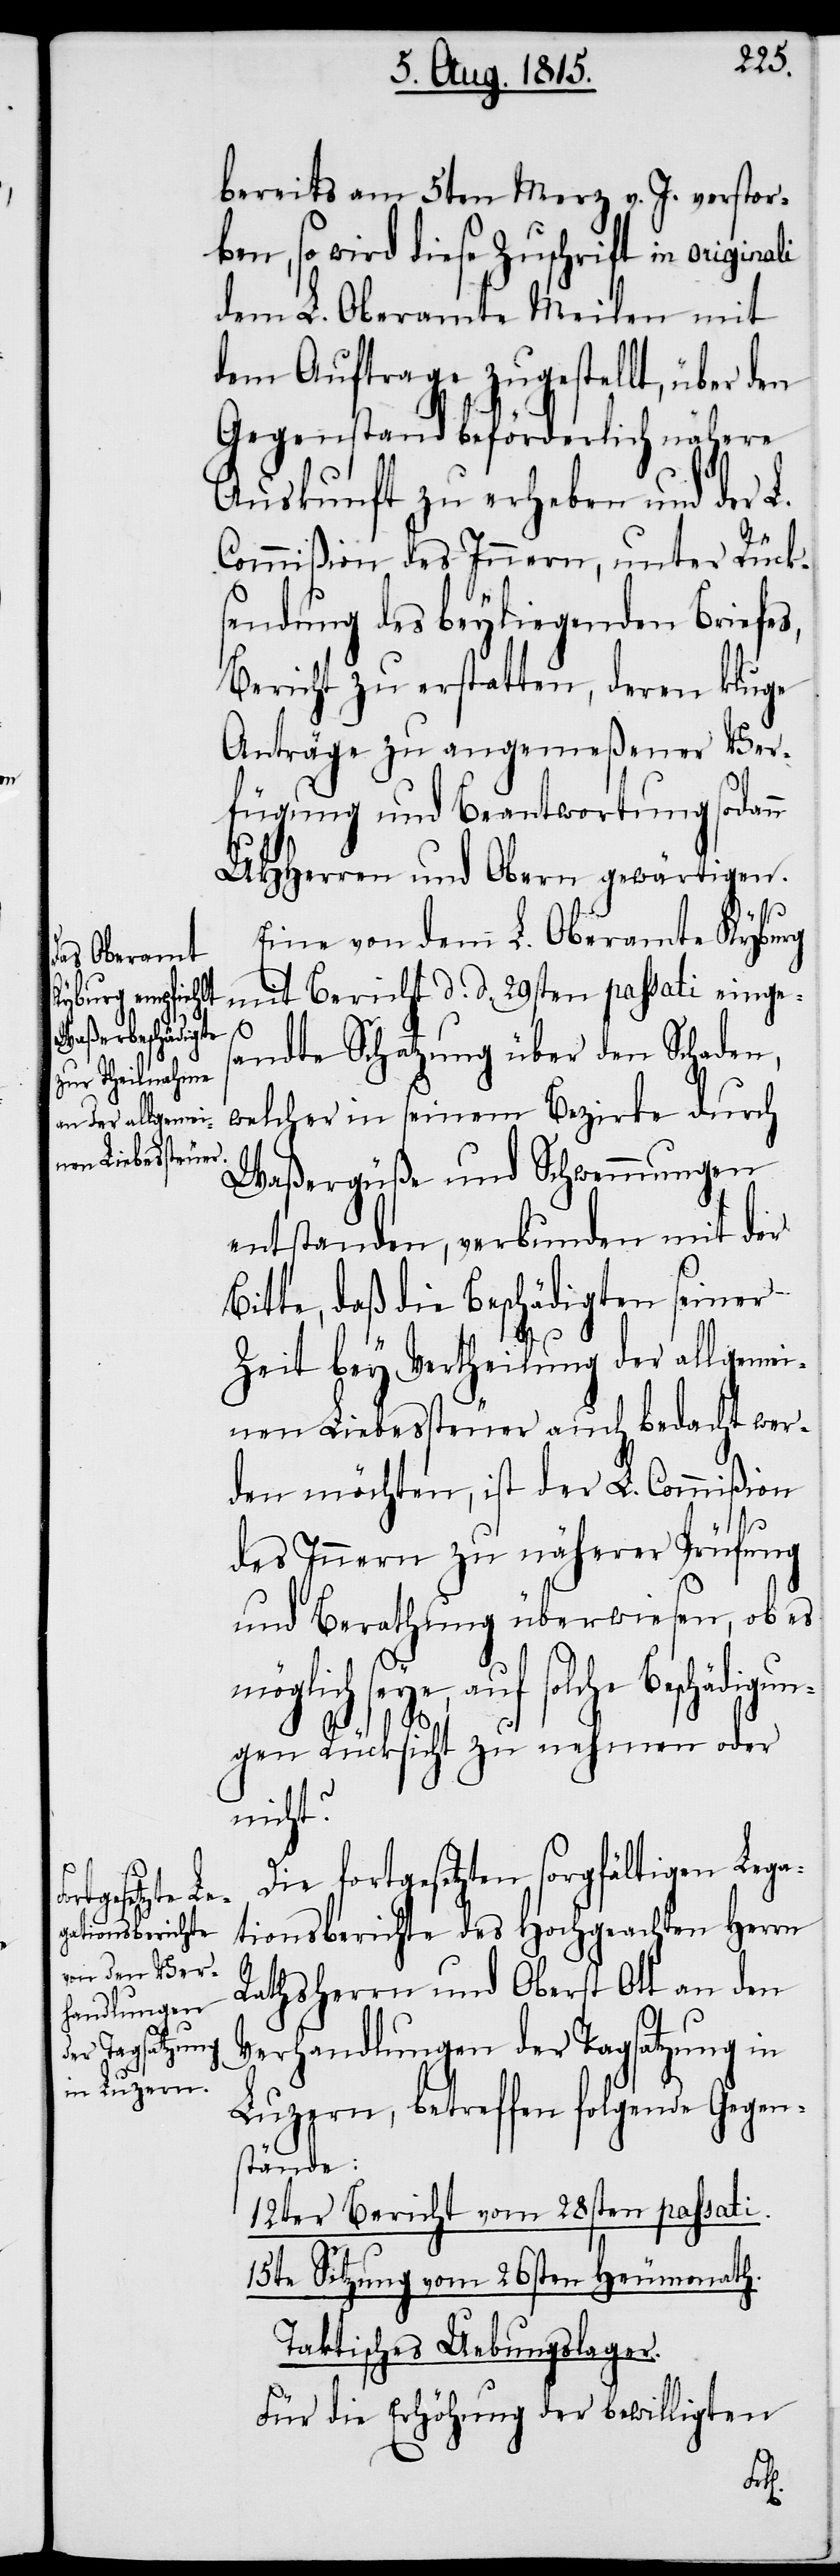
L.
bereits am 5ten Merz v. J. verstor¬
ben, so wird diese Zuschrift in originali
dem L. Oberamte Meilen mit
dem Auftrage zugestellt, über den
Gegenstand beförderlich nähere
Auskunft zu erheben und der
Commißion des Innern, unter Rück¬
sendung des beyliegenden Briefes,
Bericht zu erstatten, deren kluge
Anträge zu angemeßener Ver¬
fügung und Beantwortung sodann
UHHerren und Obern gewärtigen.
Eine von dem L. Oberamte Kyburg
mit Bericht d. d. 29sten passati einges¬
andte Schatzung über den Schaden,
welcher in seinem Bezirke durch
Waßergüße und Schwemmungen
entstanden, verbunden mit der
Bitte, daß die Beschädigten seiner
Zeit bey Vertheilung der allgemei¬
nen Liebessteuer auch bedacht wer¬
den möchten, ist der L. Commißion
des Innern zu näherer Prüfung
und Berathung überwiesen, ob es
möglich seye, auf solche Beschädigun¬
gen Rücksicht zu nehmen oder
nicht?
Die fortgesetzten sorgfältigen Lega¬
tionsberichte des Hochgeachten Herrn
Rathsherrn und Oberst Ott an den
Verhandlungen der Tagsatzung in
Luzern, betreffend folgende Gegen¬
stände:
12ster Bericht vom 28sten passati.
15te Sitzung vom 26sten Heumonath.
Taktisches Uebungslager.
Für die Erhöhung der bewilligten